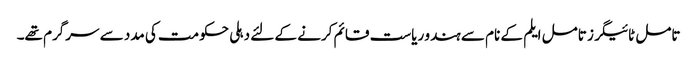
تامل ٹائیگرز تامل ایلم کے نام سے ہندو ریاست قائم کرنے کے لئے دہلی حکومت کی مدد سے سرگرم تھے۔